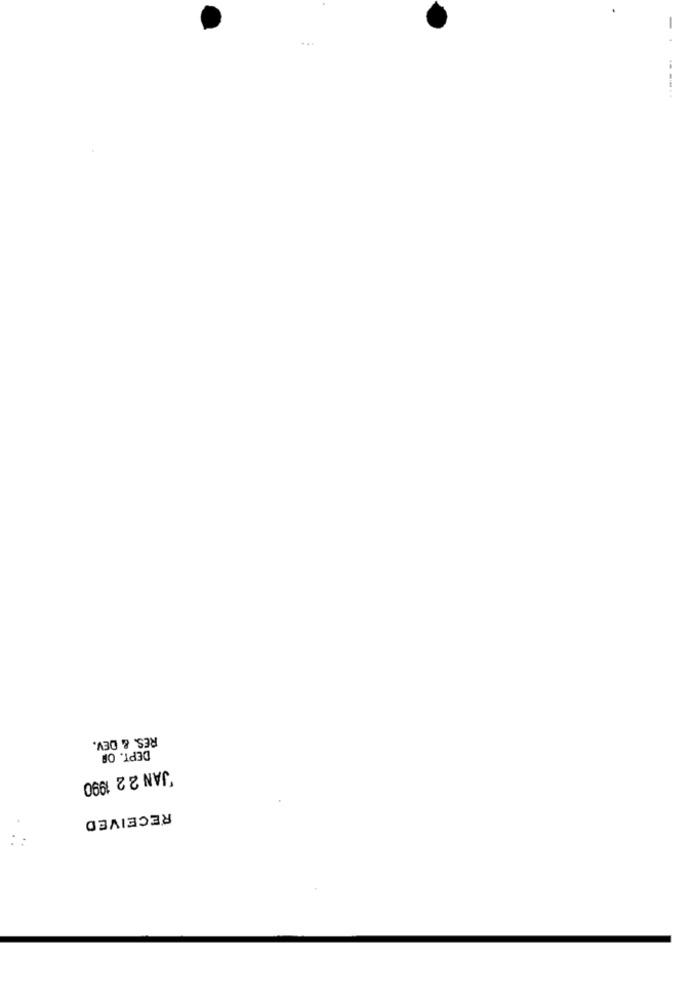
----..
RES. & DEV.
DEPT. OF
JAN 2 2 1990
RECEIVED